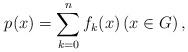
LaTeX: \begin{align*} p(x)=\sum_{k=0}^{n}f_{k}(x) \left(x\in G\right), \end{align*}